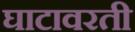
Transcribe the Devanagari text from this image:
घाटावरती